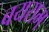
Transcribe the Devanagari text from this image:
बयराम